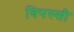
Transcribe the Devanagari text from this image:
विपस्सी